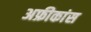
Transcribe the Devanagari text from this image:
अफ्रीकांस